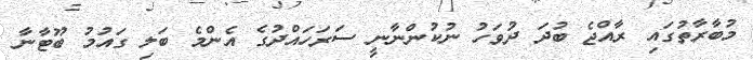
މުބާރާތުގައި ރާއްޖެ ބުދަ ދުވަހު ނުކުންނާނީ ސަރަހައްދުގެ އެންމެ ބަލި ގައުމު ބޫޓާނާ